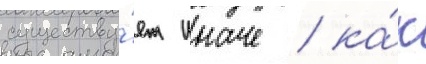
существу́ет иначе / ка́к